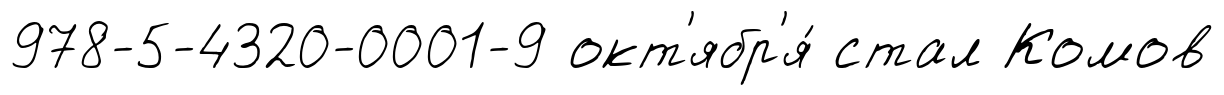
978-5-4320-0001-9 окт'ябр'я́ стал Комов